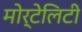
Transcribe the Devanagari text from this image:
मोर्टेलिटी